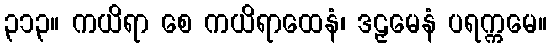
၃၁၃။ ကယိရာ စေ ကယိရာထေနံ၊ ဒဠှမေနံ ပရက္ကမေ။